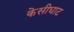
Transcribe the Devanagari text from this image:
केसीघाट